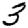
Digit: 3